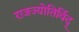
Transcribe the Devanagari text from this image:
राजज्योतिर्विद्